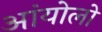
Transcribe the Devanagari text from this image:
आंयोलो